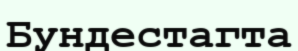
Бундестагта